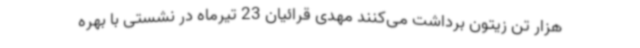
هزار تن زیتون برداشت می‌کنند مهدی قرائیان 23 تیرماه در نشستی با بهره